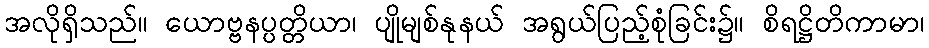
အလိုရှိသည်။ ယောဗ္ဗနပ္ပတ္တိယာ၊ ပျိုမျစ်နုနယ် အရွယ်ပြည့်စုံခြင်း၌။ စိရဋ္ဌိတိကာမာ၊